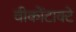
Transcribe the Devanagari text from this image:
वीकोंटाक्टे